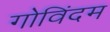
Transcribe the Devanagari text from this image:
गोविंदम